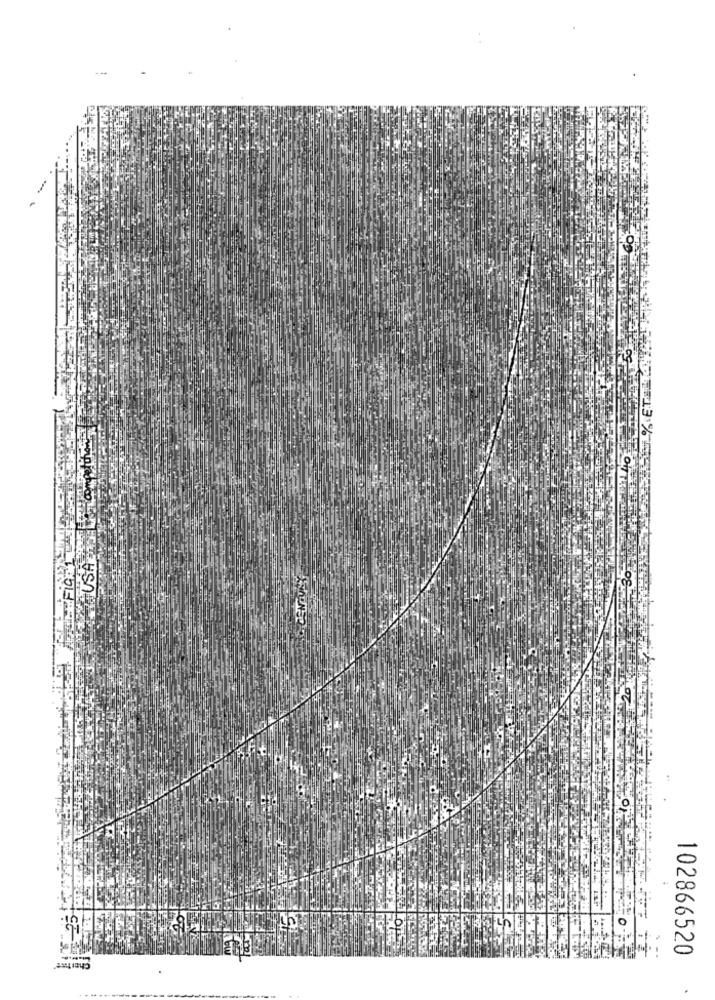
USA
30
FIC
102866520
.